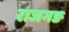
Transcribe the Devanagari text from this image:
राजगङ